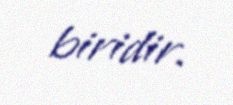
biridir.